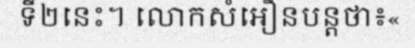
ទី២នេះ។ លោកសំអឿនបន្តថា៖«